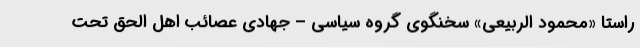
راستا «محمود الربیعی» سخنگوی گروه سیاسی – جهادی عصائب اهل الحق تحت